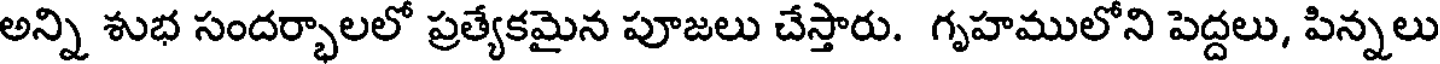
అన్ని శుభ సందర్భాలలో ప్రత్యేకమైన పూజలు చేస్తారు. గృహములోని పెద్దలు, పిన్నలు